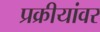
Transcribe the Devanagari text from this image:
प्रक्रीयांवर